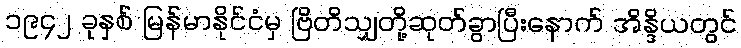
၁၉၄၂ ခုနှစ် မြန်မာနိုင်ငံမှ ဗြိတိသျှတို့ဆုတ်ခွာပြီးနောက် အိန္ဒိယတွင်